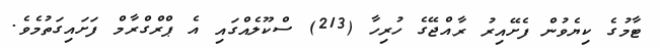
ޓާމުގެ ކިޔެވުން ފެށޭއިރު ރާއްޖޭގެ ހުރިހާ (213) ސްކޫލެއްގައި އެ ޕްރްގްރާމް ފަށައިގަތުމެވެ.